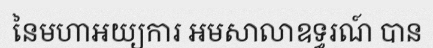
នៃមហាអយ្យការ អមសាលាឧទ្ធរណ៍ បាន